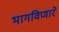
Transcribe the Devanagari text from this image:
भागविणारे